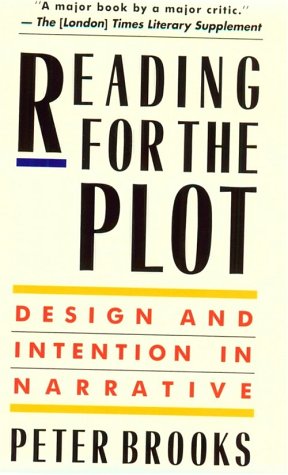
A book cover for Reading for the Plot: Design and Intention in Narrative; Peter Brooks; Literature & Fiction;